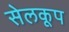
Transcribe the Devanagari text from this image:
सेलकूप